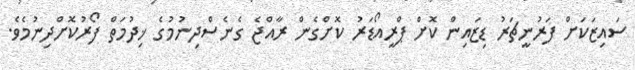
ސައިޒަކަށް ފަރުނީޗަރު ޑިޒައިން ކޮށް ޕްރީއޯޑަރު ކޮށްގެން ރާއްޖެ ގެނެސްދިނުމުގެ ޚިދުމަތް ފޯރުކޮށްދިނުމެވެ.